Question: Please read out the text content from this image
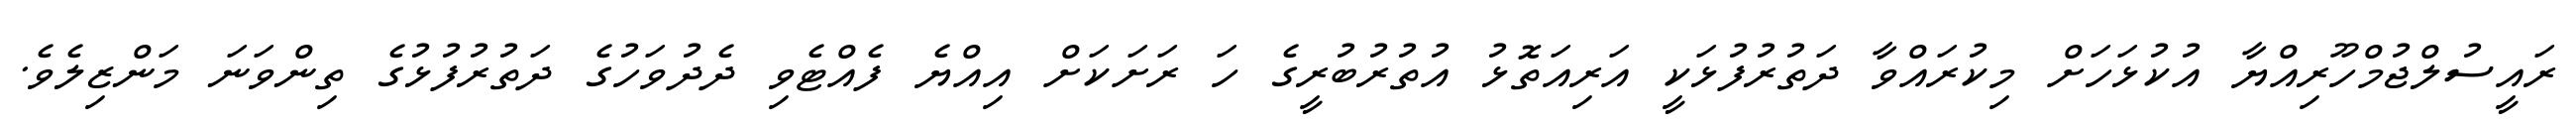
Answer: ރައީސުލްޖުމްހޫރިއްޔާ އުކުޅަހަށް މިކުރައްވާ ދަތުރުފުޅަކީ އަރިއަތޮޅު އުތުރުބުރީގެ ހަ ރަށަކަށް އިއްޔެ ފެއްޓެވި ދެދުވަހުގެ ދަތުރުފުޅުގެ ތިންވަނަ މަންޒިލެވެ.